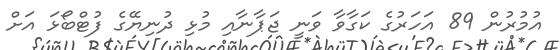
އުމުރުން 89 އަހަރުގެ ކަގާވާ ވަނީ ޖަޕާނާއި މުޅި ދުނިޔޭގެ ފުޓްބޯޅަ އަށް